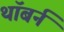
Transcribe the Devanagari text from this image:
थॉबर्न